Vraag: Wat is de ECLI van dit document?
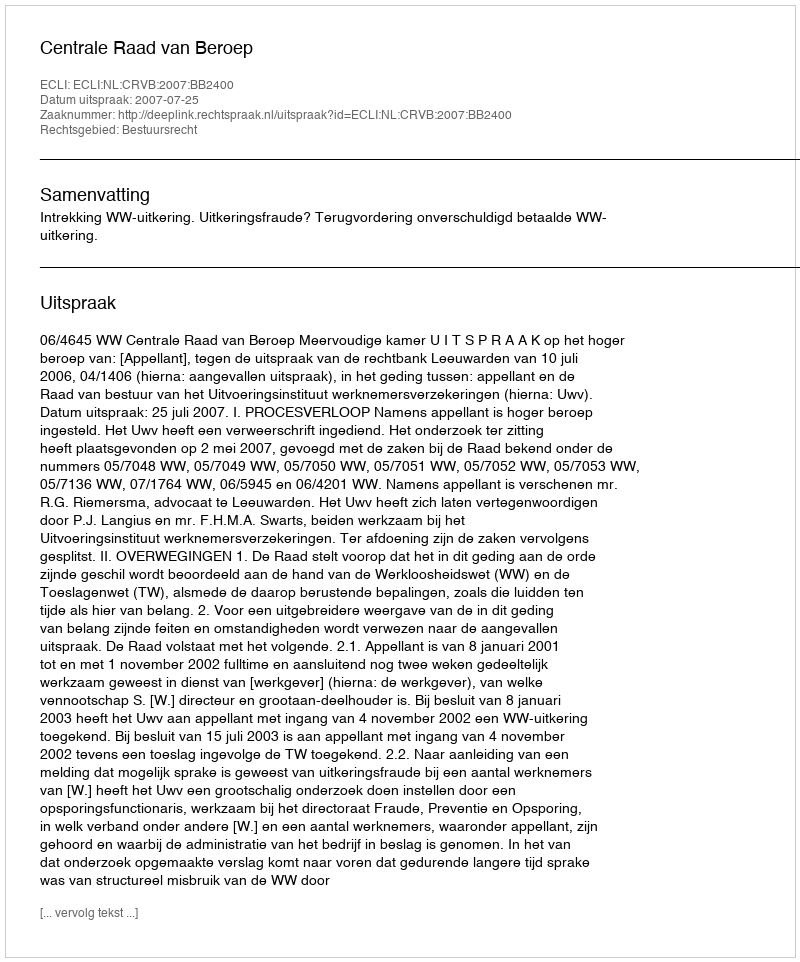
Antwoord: ECLI:NL:CRVB:2007:BB2400